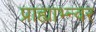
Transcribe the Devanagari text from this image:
प्राह्याभ्न्वर